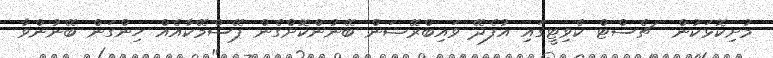
މުށިކޮޅަކުން  ޗެސްޓް ކެވިޓީގައި އުފެދޭ ވައިބްރޭޝަން ބޭނުންކޮށްގެން ޕޭސްމޭކާއެއް ހިންގަން ބޭނުންވާ